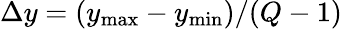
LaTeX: \Delta y=(y_{\operatorname*{max}}-y_{\operatorname*{min}})/(Q-1)